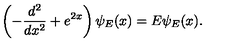
\left( - \frac { d ^ { 2 } } { d x ^ { 2 } } + e ^ { 2 x } \right) \psi _ { E } ( x ) = E \psi _ { E } ( x ) .